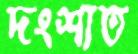
দংশাত